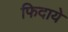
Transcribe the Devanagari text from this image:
फिदाये